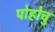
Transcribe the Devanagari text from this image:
पोहोचु